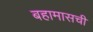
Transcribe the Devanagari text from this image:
बहामासची